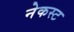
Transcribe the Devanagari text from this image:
नेकस्ट